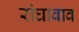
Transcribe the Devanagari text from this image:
रांघावाव